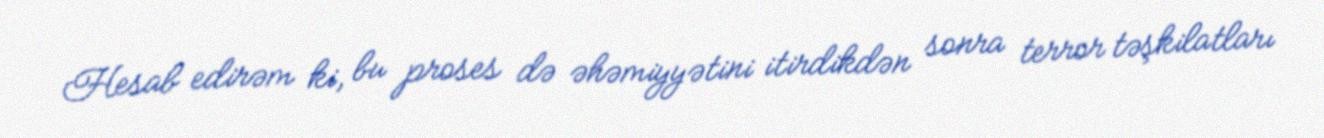
Hesab edirəm ki, bu proses də əhəmiyyətini itirdikdən sonra terror təşkilatları